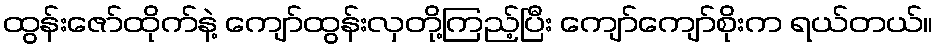
ထွန်းဇော်ထိုက်နဲ့ ကျော်ထွန်းလှတို့ကြည့်ပြီး ကျော်ကျော်စိုးက ရယ်တယ်။